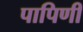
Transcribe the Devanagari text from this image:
पापिणी